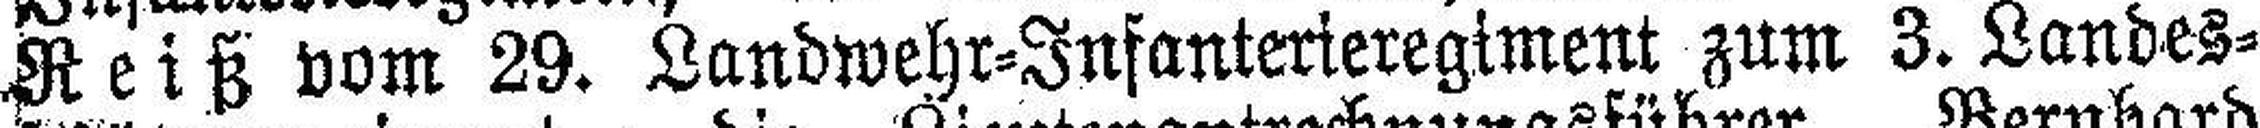
Reiß vom 29. Landwehr-Infanterieregiment zum 3. Landes¬